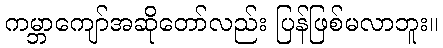
ကမ္ဘာကျော်အဆိုတော်လည်း ပြန်ဖြစ်မလာဘူး။